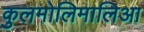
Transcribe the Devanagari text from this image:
कुलमोलिमालिआ